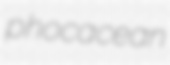
phocacean